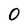
Character: 0